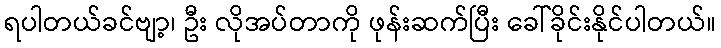
ရပါတယ်ခင်ဗျာ့၊ ဦး လိုအပ်တာကို ဖုန်းဆက်ပြီး ခေါ်ခိုင်းနိုင်ပါတယ်။